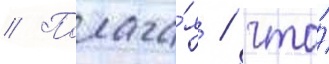
// Полага́я / что́